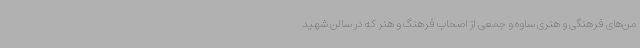
من‌های فرهنگی و هنری ساوه و جمعی از اصحاب فرهنگ و هنر که در سالن شهید